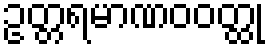
ဥတ္တရမာဏဝဝတ္ထု